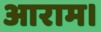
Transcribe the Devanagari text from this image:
आराम।